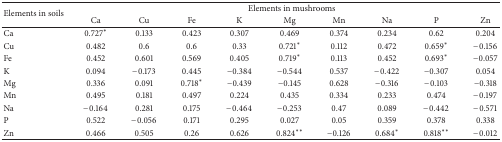
<table><thead><tr><td rowspan="2"><b>Elements in soils</b></td><td colspan="9"><b>Elements in mushrooms</b></td></tr><tr><td><b>Ca</b></td><td><b>Cu</b></td><td><b>Fe</b></td><td><b>K</b></td><td><b>Mg</b></td><td><b>Mn</b></td><td><b>Na</b></td><td><b>P</b></td><td><b>Zn</b></td></tr></thead><tbody><tr><td>Ca</td><td>0.727<sup><i>∗</i></sup></td><td>0.133</td><td>0.423</td><td>0.307</td><td>0.469</td><td>0.374</td><td>0.234</td><td>0.62</td><td>0.204</td></tr><tr><td>Cu</td><td>0.482</td><td>0.6</td><td>0.6</td><td>0.33</td><td>0.721<sup><i>∗</i></sup></td><td>0.112</td><td>0.472</td><td>0.659<sup><i>∗</i></sup></td><td>−0.156</td></tr><tr><td>Fe</td><td>0.452</td><td>0.601</td><td>0.569</td><td>0.405</td><td>0.719<sup><i>∗</i></sup></td><td>0.113</td><td>0.452</td><td>0.693<sup><i>∗</i></sup></td><td>−0.057</td></tr><tr><td>K</td><td>0.094</td><td>−0.173</td><td>0.445</td><td>−0.384</td><td>−0.544</td><td>0.537</td><td>−0.422</td><td>−0.307</td><td>0.054</td></tr><tr><td>Mg</td><td>0.336</td><td>0.091</td><td>0.718<sup><i>∗</i></sup></td><td>−0.439</td><td>−0.145</td><td>0.628</td><td>−0.316</td><td>−0.103</td><td>−0.318</td></tr><tr><td>Mn</td><td>0.495</td><td>0.181</td><td>0.497</td><td>0.224</td><td>0.435</td><td>0.334</td><td>0.233</td><td>0.474</td><td>−0.197</td></tr><tr><td>Na</td><td>−0.164</td><td>0.281</td><td>0.175</td><td>−0.464</td><td>−0.253</td><td>0.47</td><td>0.089</td><td>−0.442</td><td>−0.571</td></tr><tr><td>P</td><td>0.522</td><td>−0.056</td><td>0.171</td><td>0.295</td><td>0.027</td><td>0.05</td><td>0.359</td><td>0.378</td><td>0.338</td></tr><tr><td>Zn</td><td>0.466</td><td>0.505</td><td>0.26</td><td>0.626</td><td>0.824<sup><i>∗∗</i></sup></td><td>−0.126</td><td>0.684<sup><i>∗</i></sup></td><td>0.818<sup><i>∗∗</i></sup></td><td>−0.012</td></tr></tbody></table>